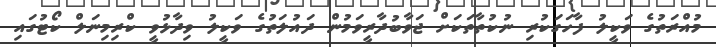
މުއްރަތުގެ ވަކީލު ފާހަގަކުރި ނުކުތާތަކަށް ޖަވާބުދާރީވަމުން ދައުލަތުގެ ވަކީލު ވިދާޅުވީ ކްރިމިނަލް ކޯޓުގައި